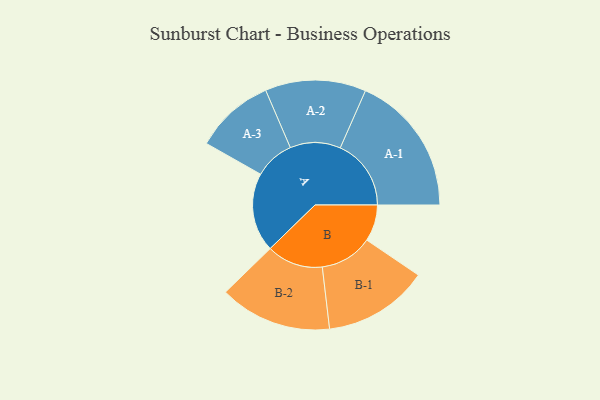
{"axis": {"x": "Segment", "y": "Value"}, "legend": ["", "A", "B"], "data": [{"x": "A", "y": 216, "type": ""}, {"x": "B", "y": 100, "type": ""}, {"x": "A-1", "y": 194, "type": "A"}, {"x": "A-2", "y": 138, "type": "A"}, {"x": "A-3", "y": 109, "type": "A"}, {"x": "B-1", "y": 144, "type": "B"}, {"x": "B-2", "y": 154, "type": "B"}]}